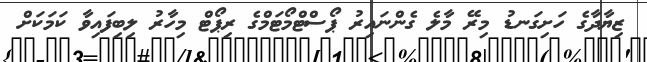
ޒިޔާދާގެ ހަށިގަނޑު މިރޭ މާލެ ގެންނައިރު ޕޯސްޓްމޯޓަމްގެ ރިޕޯޓް މިހާރު ލިބިފައިވާ ކަމަކަށް